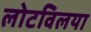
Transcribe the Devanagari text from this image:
लोटविलया